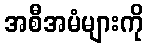
အစီအမံများကို